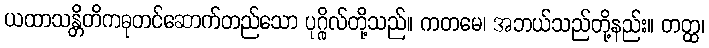
ယထာသန္တိတိကဓုတင်ဆောက်တည်သော ပုဂ္ဂိုလ်တို့သည်။ ကတမေ၊ အဘယ်သည်တို့နည်း။ တတ္ထ၊